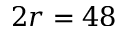
2 r = 4 8